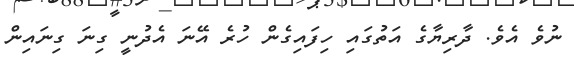
ނުވެ އެވެ. ދާރިޔާގެ އަތުގައި ހިފައިގެން ހުރެ އޭނަ އެދުނީ ގިނަ ގިނައިން